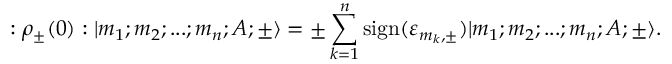
: { \rho } _ { \pm } ( 0 ) : | m _ { 1 } ; m _ { 2 } ; . . . ; m _ { n } ; A ; \pm \rangle = \pm \sum _ { k = 1 } ^ { n } \mathrm { s i g n } ( { \varepsilon } _ { m _ { k } , \pm } ) | m _ { 1 } ; m _ { 2 } ; . . . ; m _ { n } ; A ; \pm \rangle .